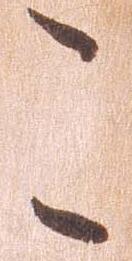
こ